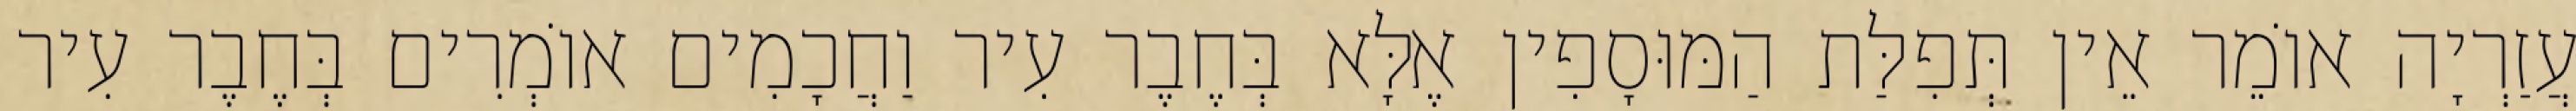
עֲזַרְיָה אוֹמֵר אֵין תְּפִלַּת הַמּוּסָפִין אֶלָּא בְּחֶבֶר עִיר וַחֲכָמִים אוֹמְרִים בְּחֶבֶר עִיר